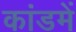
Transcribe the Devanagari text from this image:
कांडमें